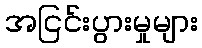
အငြင်းပွားမှုများ